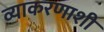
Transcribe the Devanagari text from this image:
व्याकरणाशी